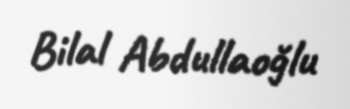
Bilal Abdullaoğlu